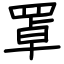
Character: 罩